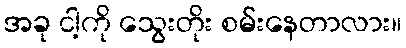
အခု ငါ့ကို သွေးတိုး စမ်းနေတာလား။